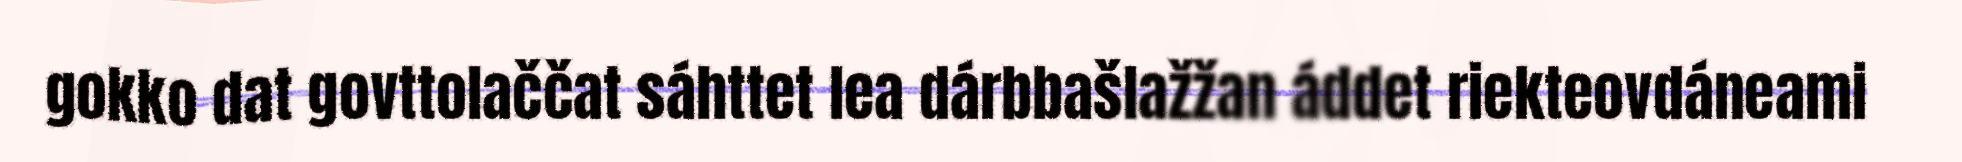
gokko dat govttolaččat sáhttet lea dárbbašlažžan áddet riekteovdáneami